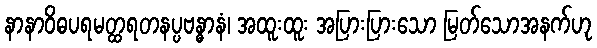
နာနာဝိဓပရမတ္ထရတနပ္ပဗန္ဓာနံ၊ အထူးထူး အပြားပြားသော မြတ်သောအနက်ဟု